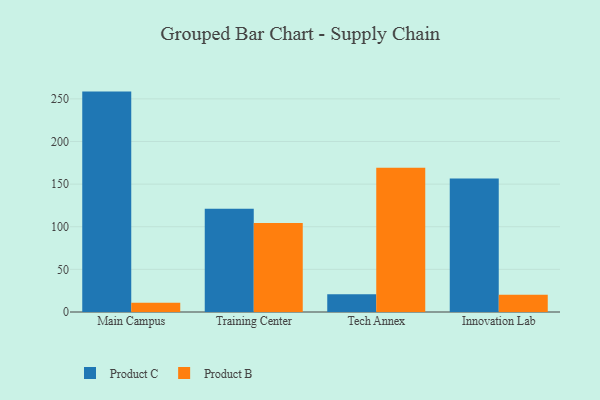
{"axis": {"x": "Campus", "y": "Churn Rate (%)"}, "legend": ["Product B", "Product C"], "data": [{"x": "Main Campus", "y": 258.5, "type": "Product C"}, {"x": "Main Campus", "y": 10.9, "type": "Product B"}, {"x": "Training Center", "y": 121.1, "type": "Product C"}, {"x": "Training Center", "y": 104.5, "type": "Product B"}, {"x": "Tech Annex", "y": 20.9, "type": "Product C"}, {"x": "Tech Annex", "y": 169.2, "type": "Product B"}, {"x": "Innovation Lab", "y": 156.7, "type": "Product C"}, {"x": "Innovation Lab", "y": 20.1, "type": "Product B"}]}